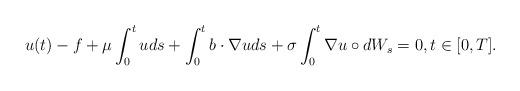
LaTeX: \begin{align*}u(t) - f+ \mu \int_0^t u ds +\int_0^t b \cdot \nabla uds + \sigma\int_0^t \nabla u \circ dW_s=0 , t \in [0,T].\end{align*}